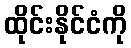
ထိုင်းနိုင်ငံကို